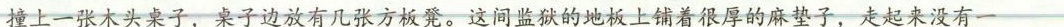
撞上一张木头桌子，桌子边放有几张方板凳。这间监狱的地板上铺着很厚的麻垫子，走起来没有一